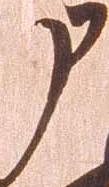
申